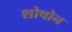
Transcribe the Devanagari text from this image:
शोषोन